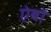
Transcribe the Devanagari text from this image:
ऐबो